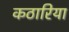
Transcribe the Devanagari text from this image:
कठारिया